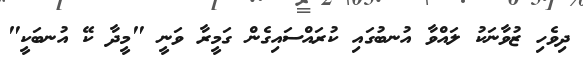
ދިވެހި ޒުވާނަކު ލައްވާ އުނބުގައި ކުރައްސައިގެން ގަމީރާ ވަނީ "މީދާ ކޭ އުނބަކީ"